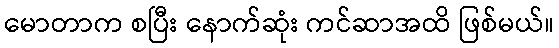
မောတာက စပြီး နောက်ဆုံး ကင်ဆာအထိ ဖြစ်မယ်။